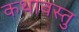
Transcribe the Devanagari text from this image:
कथावस्‍तु